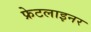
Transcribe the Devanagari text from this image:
फ्रेटलाइनर